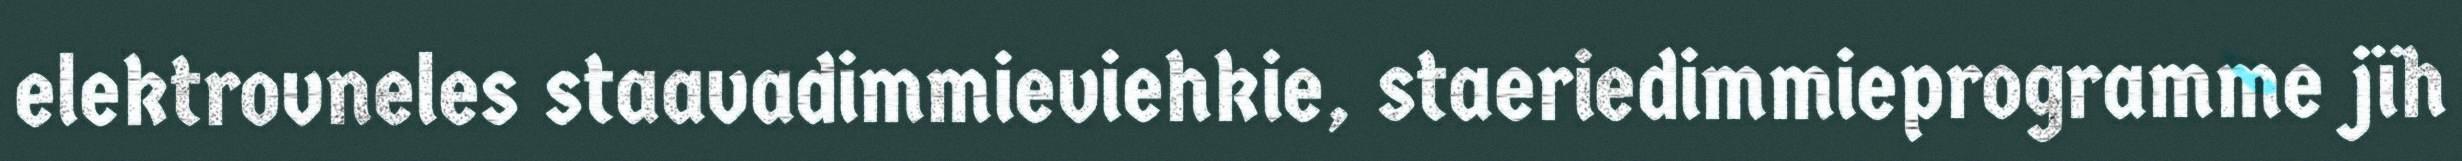
elektrovneles staavadimmieviehkie, staeriedimmieprogramme jïh